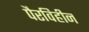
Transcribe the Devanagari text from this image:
पैरविहीन